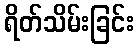
ရိတ်သိမ်းခြင်း